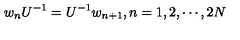
w _ { n } U ^ { - 1 } = U ^ { - 1 } w _ { n + 1 } , n = 1 , 2 , \cdots , 2 N